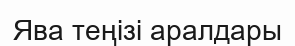
Ява теңізі аралдары